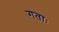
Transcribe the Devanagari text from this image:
गताः